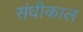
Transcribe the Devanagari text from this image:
संधीकाल